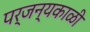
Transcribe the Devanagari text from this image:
पर्जन्यकाळी